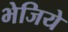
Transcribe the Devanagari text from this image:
भेजिये